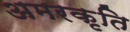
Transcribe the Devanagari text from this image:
अमरकृति